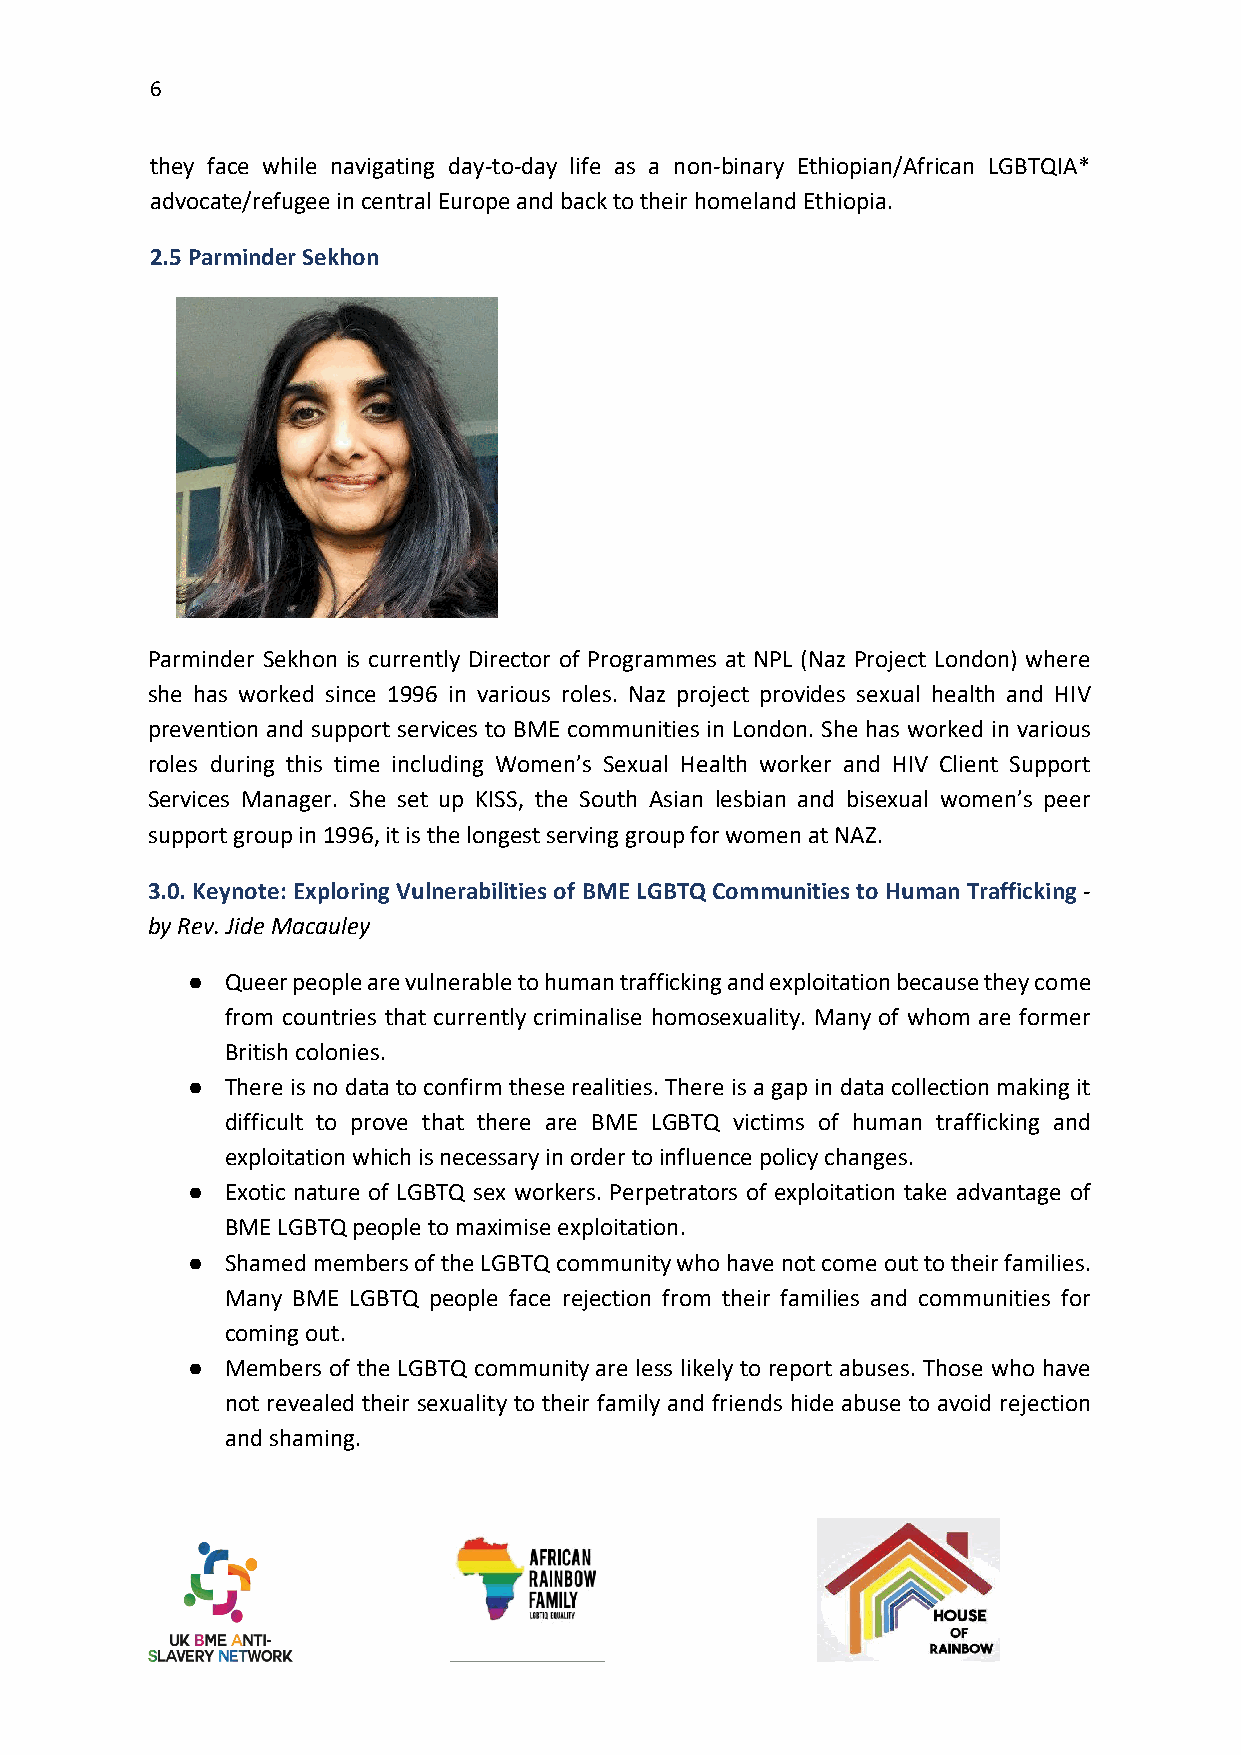
6
 they face while navigating day-to-day life as a non-binary Ethiopian/African LGBTQIA*
 advocate/refugee in central Europe and back to their homeland Ethiopia.
 2.5 Parminder Sekhon
 Parminder Sekhon is currently Director of Programmes at NPL (Naz Project London) where
 she has worked since 1996 in various roles. Naz project provides sexual health and HIV
 prevention and support services to BME communities in London. She has worked in various
 roles during this time including Women’s Sexual Health worker and HIV Client Support
 Services Manager. She set up KISS, the South Asian lesbian and bisexual women’s peer
 support group in 1996, it is the longest serving group for women at NAZ.
 3.0. Keynote: Exploring Vulnerabilities of BME LGBTQ Communities to Human Trafficking -
 by Rev. Jide Macauley
 ●  Queer people are vulnerable to human trafficking and exploitation because they come
 from countries that currently criminalise homosexuality. Many of whom are former
 British colonies.
 ●  There is no data to confirm these realities. There is a gap in data collection making it
 difficult to prove that there are BME LGBTQ victims of human trafficking and
 exploitation which is necessary in order to influence policy changes.
 ●  Exotic nature of LGBTQ sex workers. Perpetrators of exploitation take advantage of
 BME LGBTQ people to maximise exploitation.
 ●  Shamed members of the LGBTQ community who have not come out to their families.
 Many BME LGBTQ people face rejection from their families and communities for
 coming out.
 ●  Members of the LGBTQ community are less likely to report abuses. Those who have
 not revealed their sexuality to their family and friends hide abuse to avoid rejection
 and shaming.